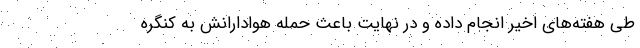
طی هفته‌های اخیر انجام داده و در نهایت باعث حمله هوادارانش به کنگره